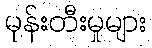
မုန်းတီးမှုများ